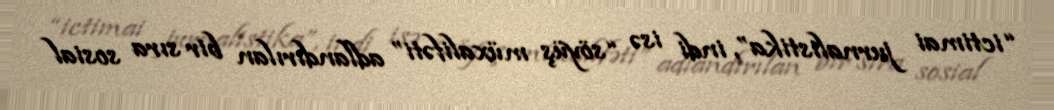
“ictimai jurnalistika”, indi isə “söyüş müxalifəti” adlandırılan bir sıra sosial